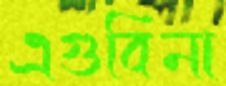
এগুবিনা